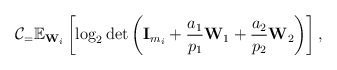
\begin{align*}\mathcal{C}_=\mathbb{E}_{\mathbf{W}_i}\left[\log_2 \det\left(\mathbf{I}_{m_i}+ \frac{a_1}{p_1}\mathbf{W}_{1} +\frac{a_2}{p_2}\mathbf{W}_{2} \right)\right],\end{align*}